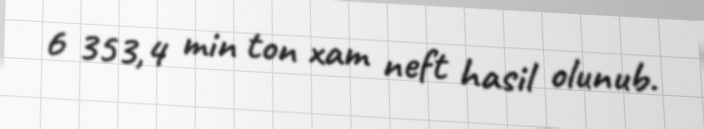
6 353,4 min ton xam neft hasil olunub.